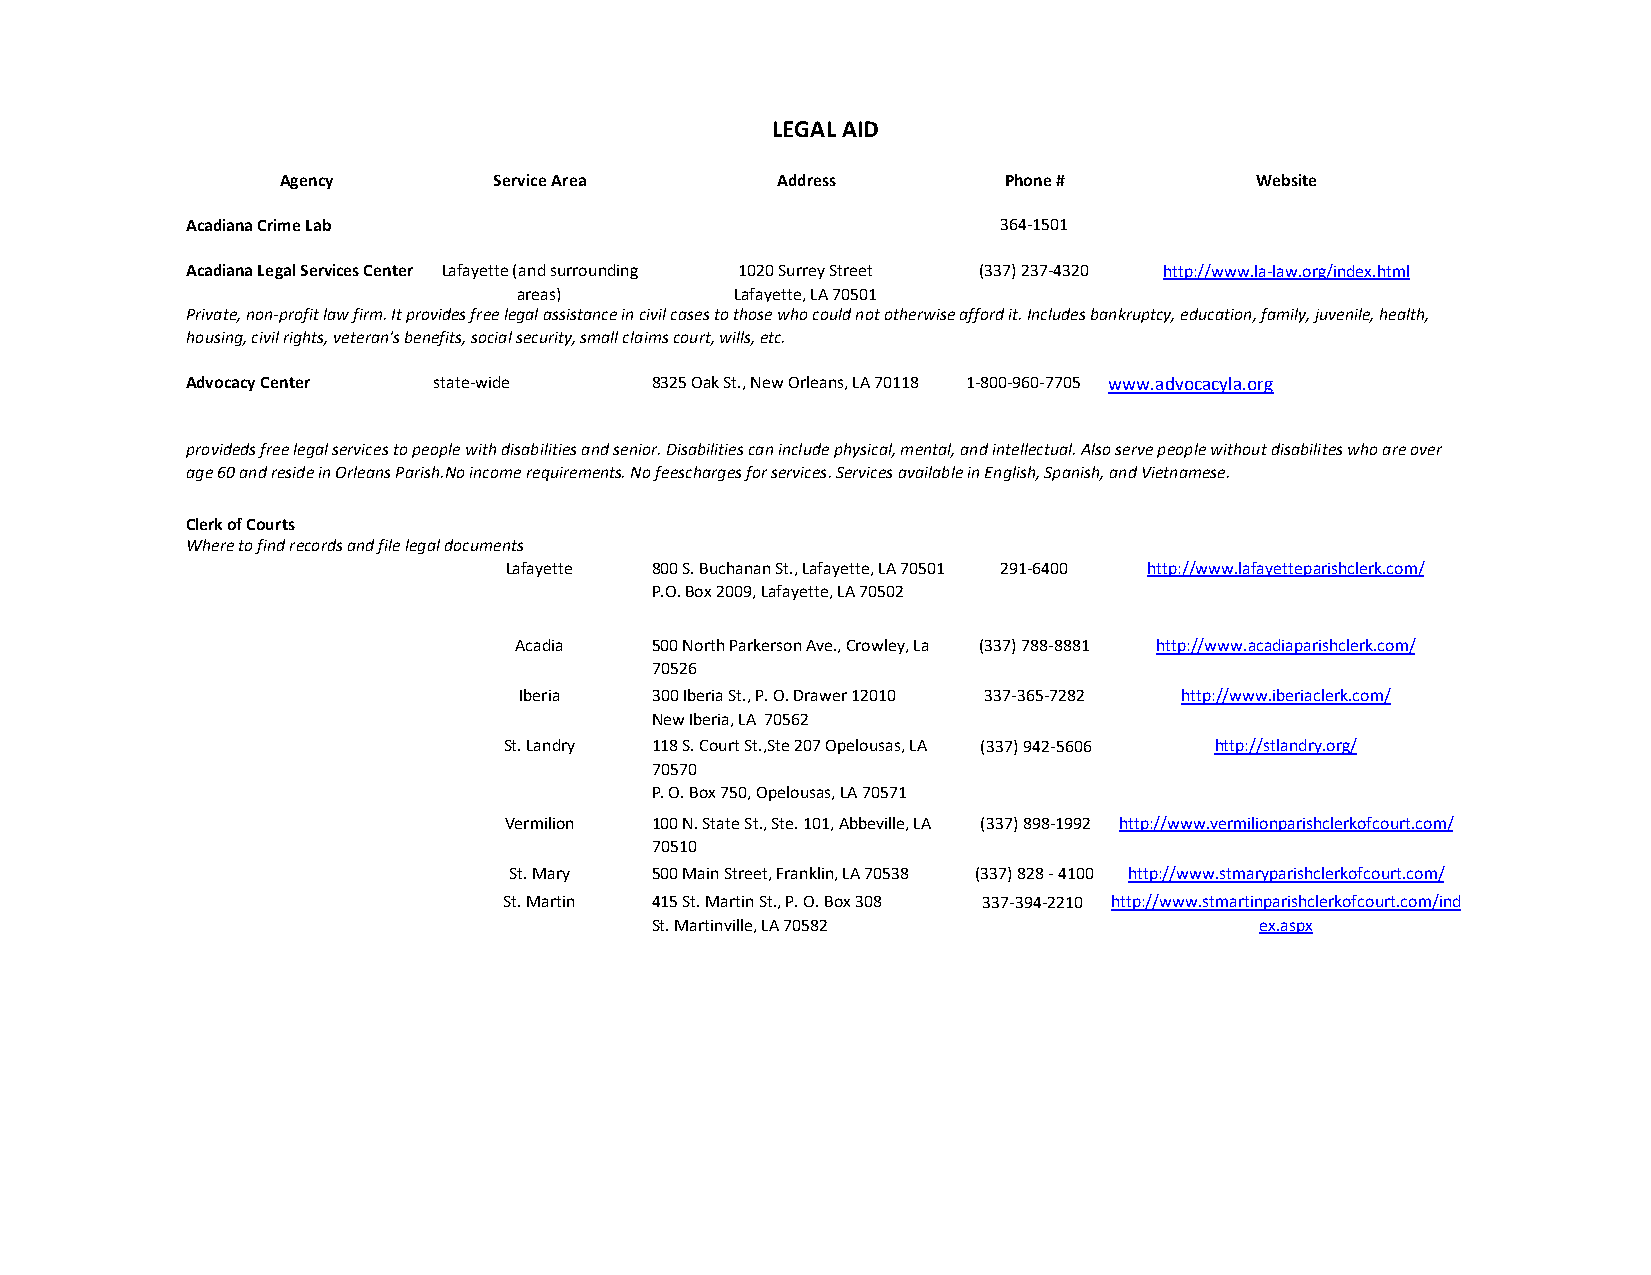
LEGAL AID
 Agency        Service Area      Address        Phone #          Website
 Acadiana Crime Lab                                    364-1501
 Acadiana Legal Services Center Lafayette (and surrounding 1020 Surrey Street (337) 237-4320 http://www.la-law.org/index.html
 areas)         Lafayette, LA 70501
 Private, non-profit law firm. It provides free legal assistance in civil cases to those who could not otherwise afford it. Includes bankruptcy, education, family, juvenile, health,
 housing, civil rights, veteran's benefits, social security, small claims court, wills, etc.
 Advocacy Center  state-wide    8325 Oak St., New Orleans, LA 70118 1-800-960-7705 www.advocacyla.org
 provideds free legal services to people with disabilities and senior. Disabilities can include physical, mental, and intellectual. Also serve people without disabilites who are over
 age 60 and reside in Orleans Parish.No income requirements. No feescharges for services. Services available in English, Spanish, and Vietnamese.
 Clerk of Courts
 Where to find records and file legal documents
 Lafayette 800 S. Buchanan St., Lafayette, LA 70501 291-6400 http://www.lafayetteparishclerk.com/
 P.O. Box 2009, Lafayette, LA 70502
 Acadia   500 North Parkerson Ave., Crowley, La (337) 788-8881 http://www.acadiaparishclerk.com/
 70526
 Iberia   300 Iberia St., P. O. Drawer 12010 337-365-7282 http://www.iberiaclerk.com/
 New Iberia, LA 70562
 St. Landry 118 S. Court St.,Ste 207 Opelousas, LA (337) 942-5606 http://stlandry.org/
 70570
 P. O. Box 750, Opelousas, LA 70571
 Vermilion 100 N. State St., Ste. 101, Abbeville, LA (337) 898-1992 http://www.vermilionparishclerkofcourt.com/
 70510
 St. Mary 500 Main Street, Franklin, LA 70538 (337) 828 - 4100 http://www.stmaryparishclerkofcourt.com/
 St. Martin 415 St. Martin St., P. O. Box 308 337-394-2210 http://www.stmartinparishclerkofcourt.com/ind
 St. Martinville, LA 70582               ex.aspx